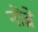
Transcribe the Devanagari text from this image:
नोब्रे